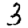
Digit: 3